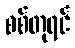
စစ်တုရင်